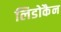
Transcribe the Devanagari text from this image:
लिडोकैन